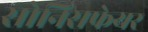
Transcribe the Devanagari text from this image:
सोनिसफेयर